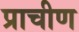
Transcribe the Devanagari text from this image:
प्राचीण